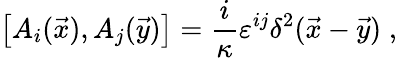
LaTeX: \left[A_{i}(\vec{x}),A_{j}(\vec{y})\right]=\frac{i}{\kappa}\varepsilon^{ij}\delta^{2}(\vec{x}-\vec{y})\; ,